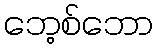
ဘေ့စ်ဘော